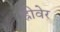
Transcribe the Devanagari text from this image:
ह्रीवेर